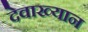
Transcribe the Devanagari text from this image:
देवाख्यान